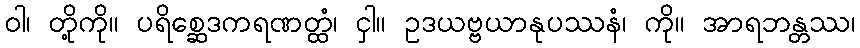
ဝါ၊ တို့ကို။ ပရိစ္ဆေဒကရဏတ္ထံ၊ ငှါ။ ဥဒယဗ္ဗယာနုပဿနံ၊ ကို။ အာရဘန္တဿ၊